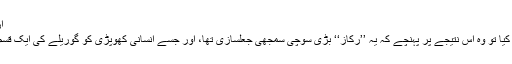
ارتقاء پسندوں کی جعلسازیاں) تصویروں کے ذریعے دھوکےبازی(:
مگر 1949ء میں جب سائنس دانوں نے ایک بار پھر اس کا تجزیہ کیا تو وہ اس نتیجے پر پہنچے کہ یہ ’’رکاز‘‘ بڑی سوچی سمجھی جعلسازی تھا، اور جسے انسانی کھوپڑی کو گوریلے کی ایک قسم (Orangutan) کے جبڑے کی ہڈی سے ملا کر تیار کیا گیا تھا۔